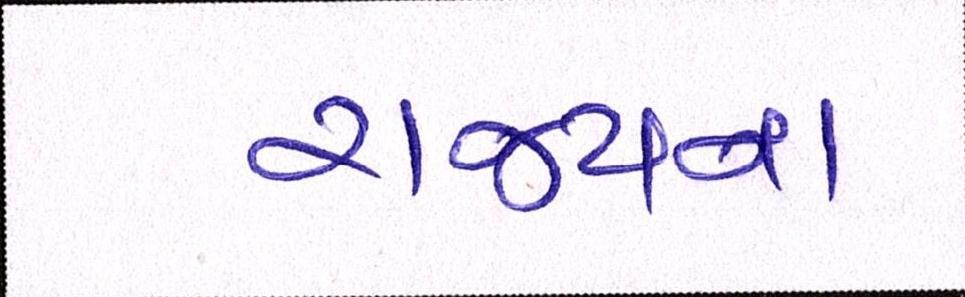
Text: રાજ્યના